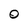
Character: O